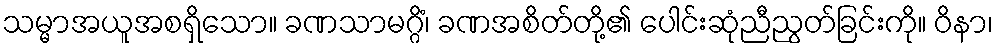
သမ္မာအယူအစရှိသော။ ခဏသာမဂ္ဂိံ၊ ခဏအစိတ်တို့၏ ပေါင်းဆုံညီညွတ်ခြင်းကို။ ဝိနာ၊